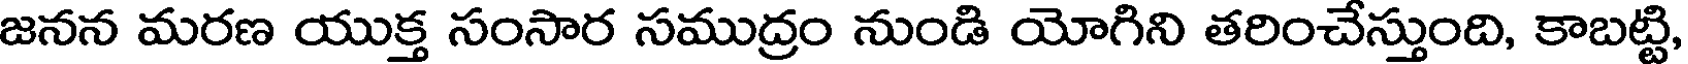
జనన మరణ యుక్త సంసార సముద్రం నుండి యోగిని తరించేస్తుంది, కాబట్టి